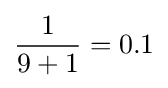
{\frac {1}{9+1}}=0.1